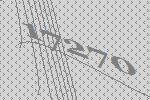
17270